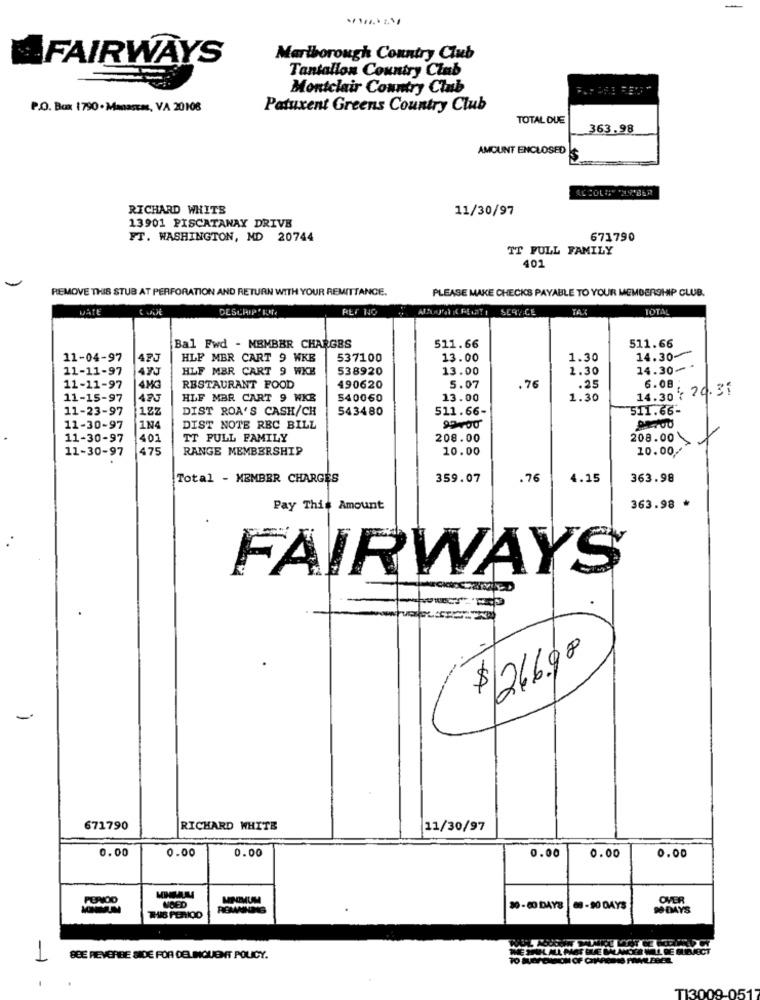
FAIRWAYS
Marlborough Country Club
Tantallon Country Club
Montclair Country Club
P.O. Box 1790. Manasens, VA 20108
Patuxent Greens Country Club
TOTAL DUE
363.98
AMOUNT ENCLOSED
RICHARD WHITS
11/30/97
13901 PISCATAWAY DRIVE
FT. WASHINGTON, MD 20744
671790
TT PULL FAMILY
401
REMOVE THIS STUB AT PERFORATION AND RETURN WITH YOUR REMITTANCE.
PLEASE MAKE CHECKS PAYABLE TO YOUR MEMBERSHIP CLUB.
DATE
DESCRIP ' KUN.
REF NO
ABOUTI PELATI SERVICE
TA
TOTAL
Bal Fwd - MBMBBR CHARGES
511.66
511.66
11-04-97
HLF MBR CART 9 WKB
537100
13.00
1.30
14.30-
11-11-97
HLF MBR CART 9 WKE
538920
13.00
1.30
14.30-
11-11-97
4MG
RESTAURANT FOOD
490620
5.07
.76
.25
6.08
14.30 : 20.31
11-15-97
425
HLF MBR CART 9 WKB
540060
13.00
1.30
11-23-97
1ZZ
DIST ROA'S CASH/CH
543480
511.66-
511.66-
11-30-97
1N4
DIST NOTE REC BILL
99400
11-30-97
401
TT FULL FAMILY
208.00
208.00
11-30-97
475
RANGE MEMBERSHIP
10.00
10.00/
Total - MEMBER CHARGES
359.07
.76
4.15
363.98
Pay This Amount
363.98 *
FAIRWAYS
$ 266.90
-
671790
RICHARD WHITE
11/30/97
0.00
0.00
0.00
0.00
0.00
0.00
MINIMUM
OVER
MOED
30-60 DAYS
8-90DAYS
90 DAYS
THIS PERIOD
1
SEE REVERBE SIDE FOR DELINQUENT POLICY.
-
TI3009-051